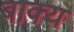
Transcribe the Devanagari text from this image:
बाक्य